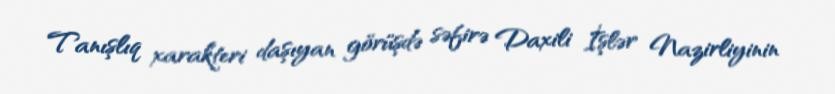
Tanışlıq xarakteri daşıyan görüşdə səfirə Daxili İşlər Nazirliyinin